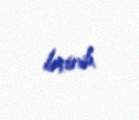
keçirib.